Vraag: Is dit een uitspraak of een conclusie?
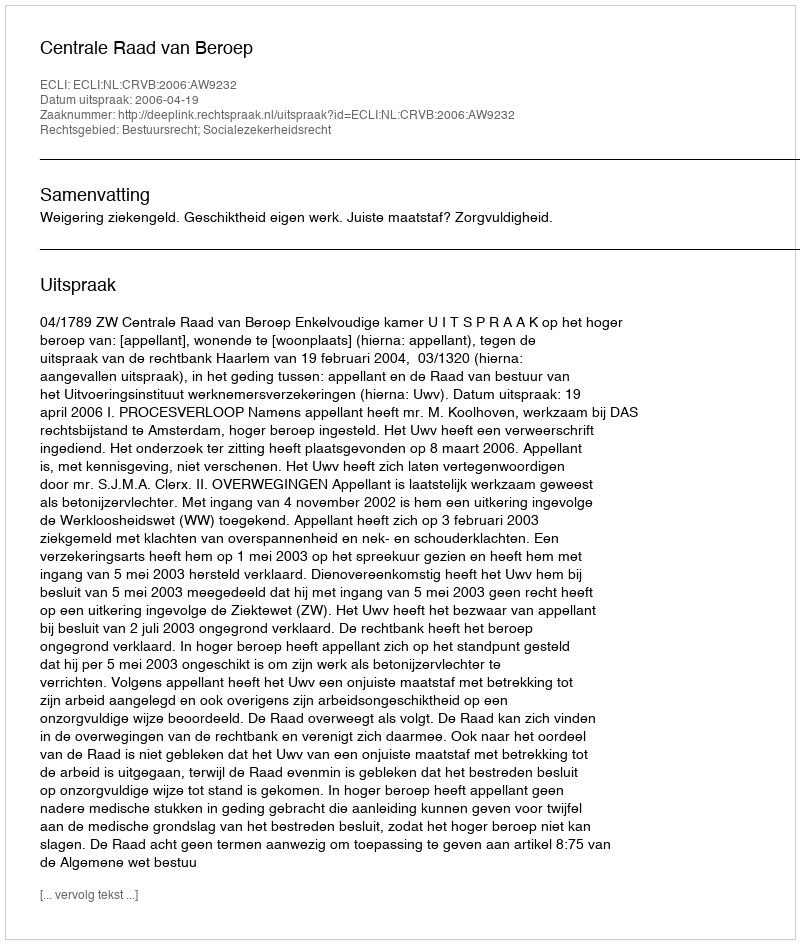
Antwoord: Uitspraak